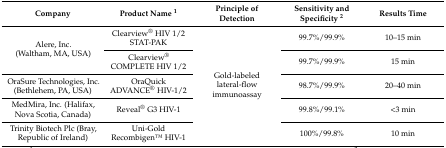
<table><thead><tr><td><b>Company</b></td><td><b>Product Name <sup>1</sup></b></td><td><b>Principle of Detection</b></td><td><b>Sensitivity and Specificity <sup>2</sup></b></td><td><b>Results Time</b></td></tr></thead><tbody><tr><td rowspan="2">Alere, Inc. (Waltham, MA, USA)</td><td>Clearview<sup>®</sup> HIV 1/2 STAT-PAK</td><td rowspan="5">Gold-labeled lateral-flow immunoassay</td><td>99.7%/99.9%</td><td>10–15 min</td></tr><tr><td>Clearview<sup>®</sup> COMPLETE HIV 1/2</td><td>99.7%/99.9%</td><td>15 min</td></tr><tr><td>OraSure Technologies, Inc. (Bethlehem, PA, USA)</td><td>OraQuick ADVANCE<sup>®</sup> HIV-1/2</td><td>98.7%/99.9%</td><td>20–40 min</td></tr><tr><td>MedMira, Inc. (Halifax, Nova Scotia, Canada)</td><td>Reveal<sup>®</sup> G3 HIV-1</td><td>99.8%/99.1%</td><td>&lt;3 min</td></tr><tr><td>Trinity Biotech Plc (Bray, Republic of Ireland)</td><td>Uni-Gold RecombigenTM HIV-1</td><td>100%/99.8%</td><td>10 min</td></tr></tbody></table>